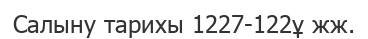
Салыну тарихы 1227-122ұ жж.